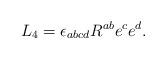
\begin{align*}L_{4}=\epsilon _{abcd}R^{ab}e^{c}e^{d}. \end{align*}